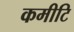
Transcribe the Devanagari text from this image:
कमीटि